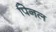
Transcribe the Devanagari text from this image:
पिनल